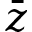
\bar { z }